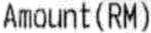
AMOUNT(RM)